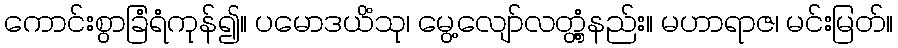
ကောင်းစွာခြံရံကုန်၍။ ပမောဒယိံသု၊ မွေ့လျော်လတ္တံ့နည်း။ မဟာရာဇ၊ မင်းမြတ်။